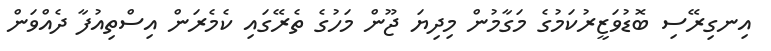
އިނގިރޭސި ބޮޑުވަޒީރުކަމުގެ މަގާމުން މިދިޔަ ޖޫން މަހުގެ ތެރޭގައި ކެމެރަން އިސްތިއުފާ ދެއްވަން